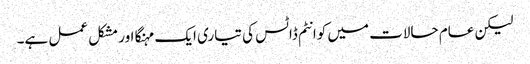
لیکن عام حالات میں کوانٹم ڈاٹس کی تیاری ایک مہنگا اور مشکل عمل ہے۔